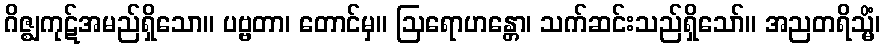
ဂိဇ္ဈကုဋ်အမည်ရှိသော။ ပဗ္ဗတာ၊ တောင်မှ။ ဩရောဟန္တော၊ သက်ဆင်းသည်ရှိသော်။ အညတရိသ္မိံ၊